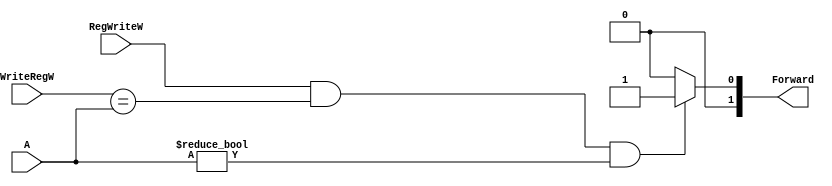
`timescale 1ns / 1ps
//////////////////////////////////////////////////////////////////////////////////
// Company: 
// Engineer: 
// 
// Design Name: 
// Module Name:    Forward_unit_3 
// Project Name: 
// Target Devices: 
// Tool versions: 
// Description: 
//
// Dependencies: 
//
// Revision: 
// Revision 0.01 - File Created
// Additional Comments: 
//
//////////////////////////////////////////////////////////////////////////////////
module Forward_unit_3(WriteRegW,RegWriteW,A,Forward);
		input [4:0] WriteRegW;
		input RegWriteW;
		input [4:0] A;
		output reg [1:0] Forward;
		
		always@(*) begin
			if(RegWriteW==1&&WriteRegW==A&&A!=0)Forward<=1;
			else Forward<=0;
		end
endmodule